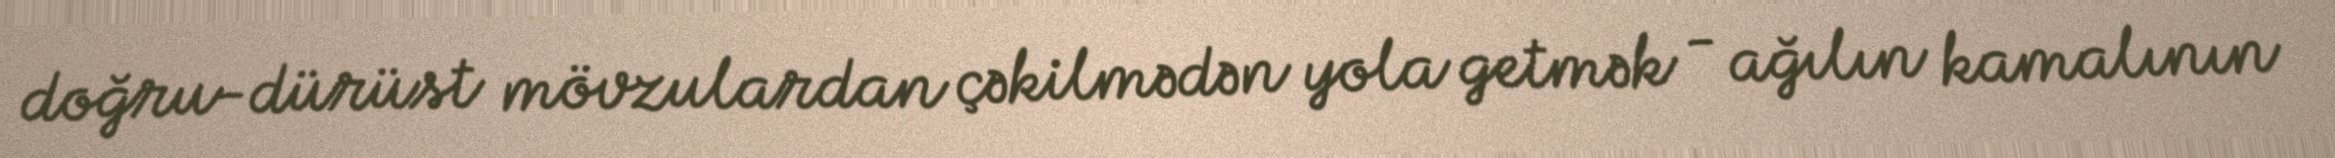
doğru-dürüst mövzulardan çəkilmədən yola getmək - ağılın kamalının